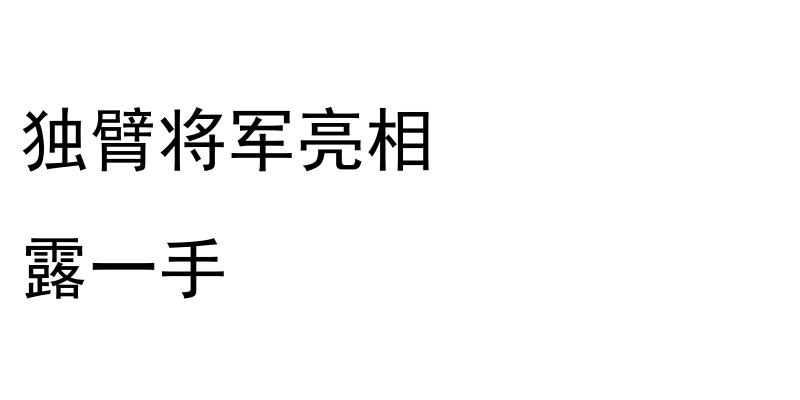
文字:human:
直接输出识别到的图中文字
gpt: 独臂将军亮相 露一手